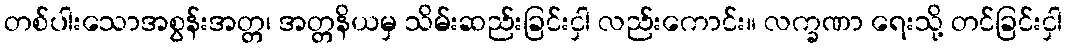
တစ်ပါးသောအစွန်းအတ္တ၊ အတ္တနိယမှ သိမ်းဆည်းခြင်းငှါ လည်းကောင်း။ လက္ခဏာ ရေးသို့ တင်ခြင်းငှါ